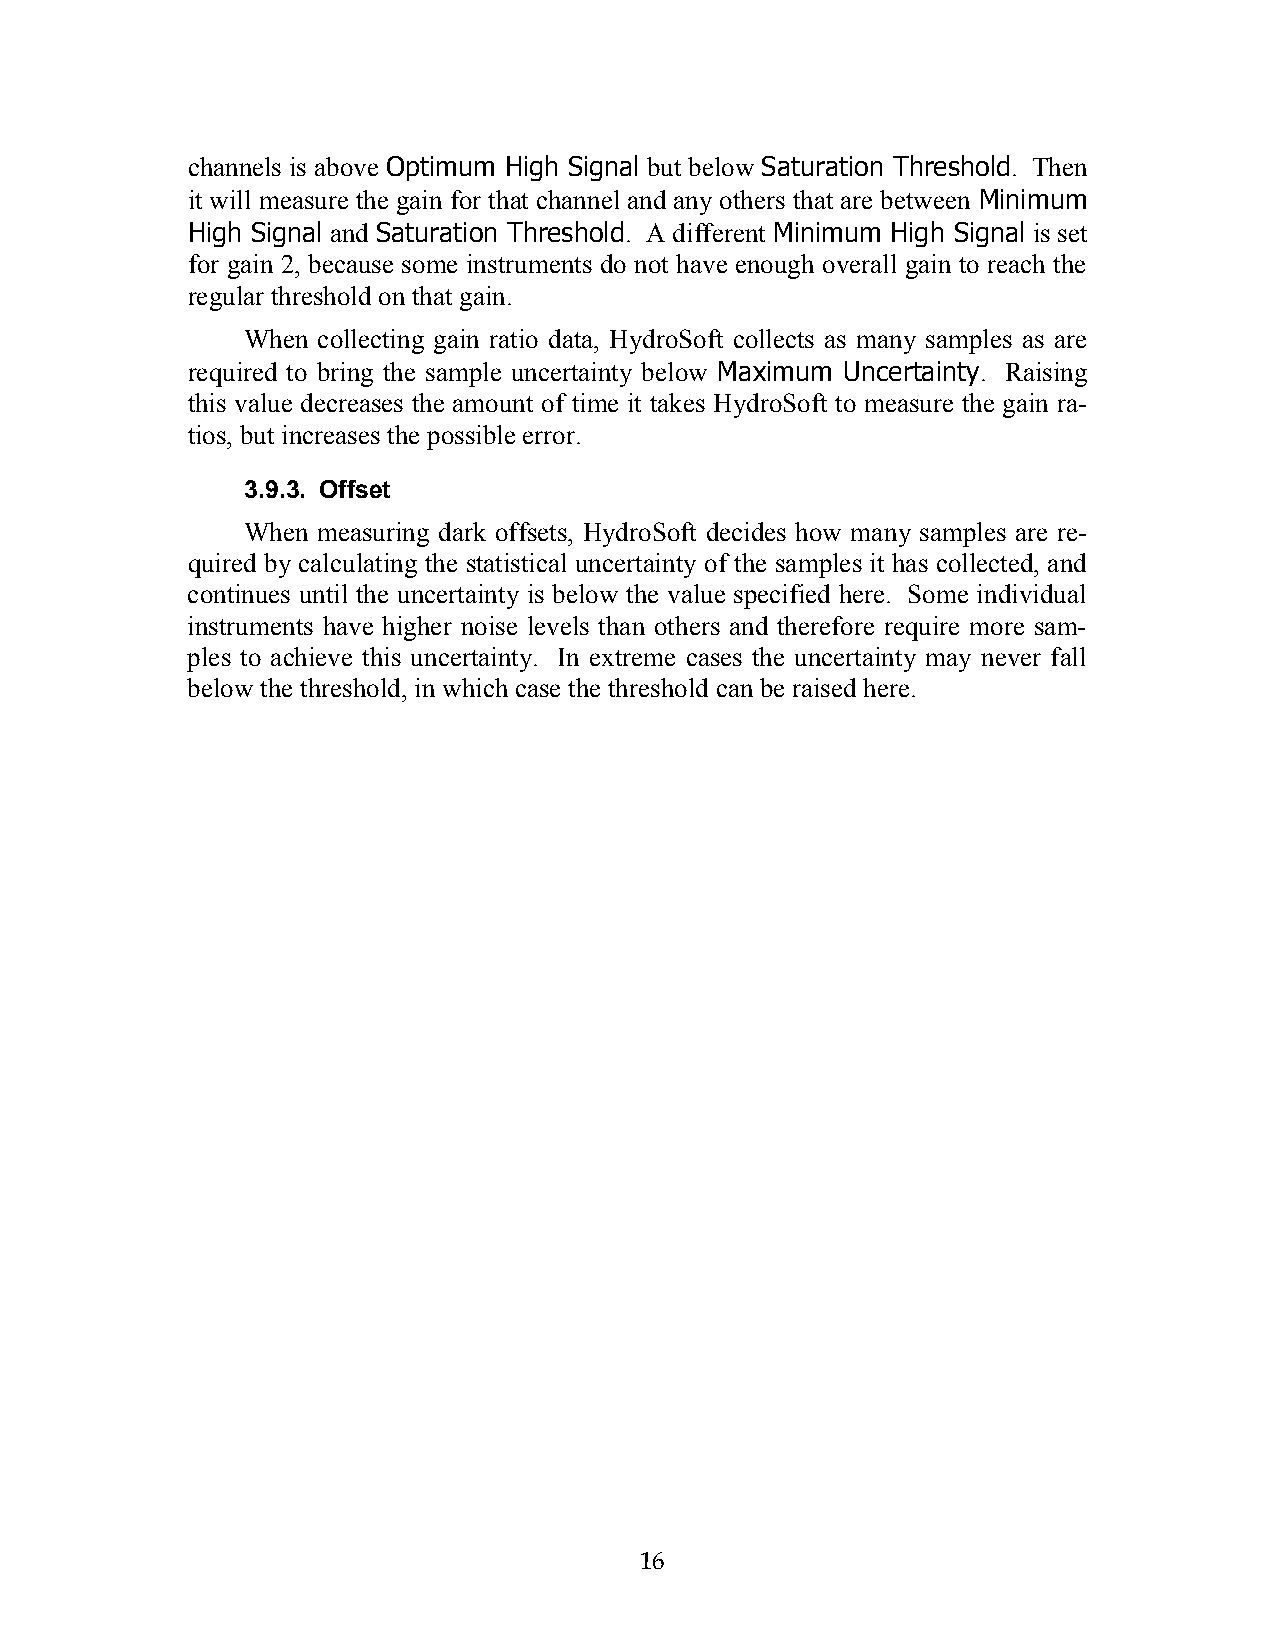
channels is above Optimum High Signal but below Saturation Threshold. Then
 it will measure the gain for that channel and any others that are between Minimum
 High Signal and Saturation Threshold. A different Minimum High Signal is set
 for gain 2, because some instruments do not have enough overall gain to reach the
 regular threshold on that gain.
 When collecting gain ratio data, HydroSoft collects as many samples as are
 required to bring the sample uncertainty below Maximum Uncertainty. Raising
 this value decreases the amount of time it takes HydroSoft to measure the gain ra-
 tios, but increases the possible error.
 3.9.3. Offset
 When measuring dark offsets, HydroSoft decides how many samples are re-
 quired by calculating the statistical uncertainty of the samples it has collected, and
 continues until the uncertainty is below the value specified here. Some individual
 instruments have higher noise levels than others and therefore require more sam-
 ples to achieve this uncertainty. In extreme cases the uncertainty may never fall
 below the threshold, in which case the threshold can be raised here.
 1166